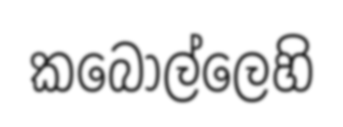
කබොල්ලෙහි